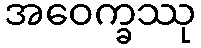
အဝေက္ခဿု